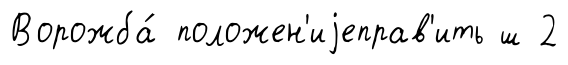
Ворожба́ положен'иjеправ'ить ш 2